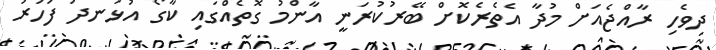
ދިވެހި ރާއްޖެއަށް މުދާ އެތެރެކޮށް ބޭރުކުރަނީ އާންމު ގޮތެއްގައި ކާގޯ އުޅަނދު ފަހަރު